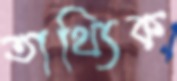
তাথ্যিক